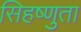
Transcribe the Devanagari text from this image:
सिहष्णुता